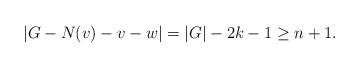
LaTeX: \begin{align*}|G-N(v)-v-w|=|G|-2k-1\ge n+1.\end{align*}